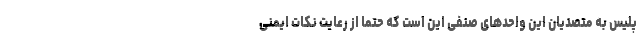
پلیس به متصدیان این واحدهای صنفی این است که حتما از رعایت نکات ایمنی